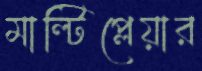
মাল্টিপ্লেয়ার